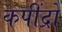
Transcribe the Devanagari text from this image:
कपींद्रो